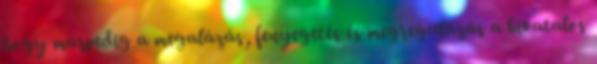
hogy márpedig a megalázás, fenyegetés és megregulázás a hivatalos